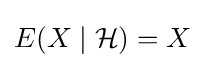
E(X\mid {\mathcal {H}})=X